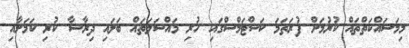
މިމަސައްކަތްތައް ކުރުމަށް ފުރަތަމަ ކަސްޓަމްސްގައި ހުރި މައްސަލަތައް ބަލައި ދިރާސާ ކުރި ކަމަށާއި